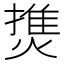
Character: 𤍐